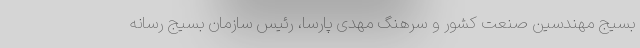
بسیج مهندسین صنعت کشور و سرهنگ مهدی پارسا، رئیس سازمان بسیج رسانه